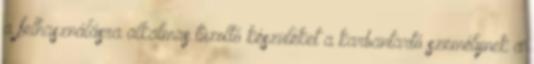
a felhasználásra alkalmas tûzoltó készüléket a karbantartó személynek a